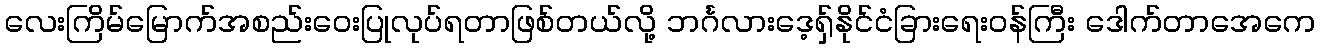
လေးကြိမ်မြောက်အစည်းဝေးပြုလုပ်ရတာဖြစ်တယ်လို့ ဘင်္ဂလားဒေ့ရှ်နိုင်ငံခြားရေးဝန်ကြီး ဒေါက်တာအေကေ